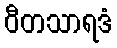
ဝီတသာရဒံ